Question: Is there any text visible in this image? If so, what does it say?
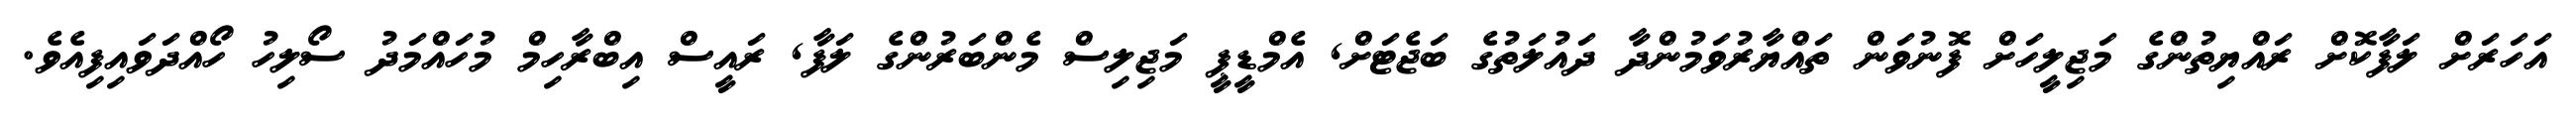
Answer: އަހަރަށް ލަފާކޮށް ރައްޔިތުންގެ މަޖިލީހަށް ފޮނުވަން ތައްޔާރުވަމުންދާ ދައުލަތުގެ ބަޖެޓަށް, އެމްޑީޕީ މަޖިލިސް މެންބަރުންގެ ލަފާ, ރައީސް އިބްރާހިމް މުހައްމަދު ސޯލިހު ހޯއްދަވައިފިއެވެ.